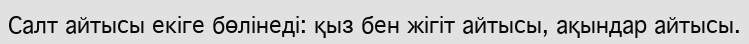
Салт айтысы екіге бөлінеді: қыз бен жігіт айтысы, ақындар айтысы.